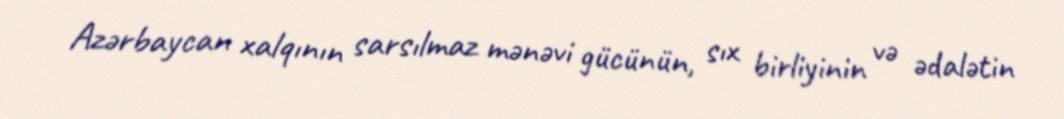
Azərbaycan xalqının sarsılmaz mənəvi gücünün, sıx birliyinin və ədalətin